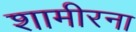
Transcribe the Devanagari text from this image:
शामीरना